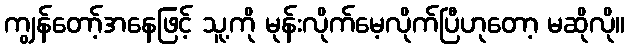
ကျွန်တော့်အနေဖြင့် သူ့ကို မုန်းလိုက်မေ့လိုက်ပြီဟုတော့ မဆိုလို။